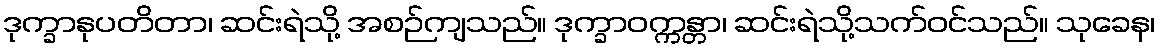
ဒုက္ခာနုပတိတာ၊ ဆင်းရဲသို့ အစဉ်ကျသည်။ ဒုက္ခာဝက္ကန္တာ၊ ဆင်းရဲသို့သက်ဝင်သည်။ သုခေန၊